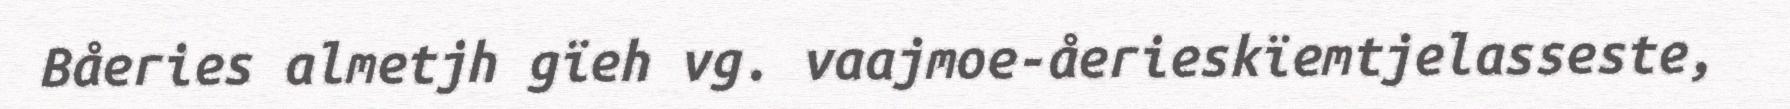
Båeries almetjh gïeh vg. vaajmoe-åerieskïemtjelasseste,